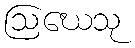
ဩဃေသု